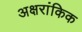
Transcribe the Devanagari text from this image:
अक्षरांकिक